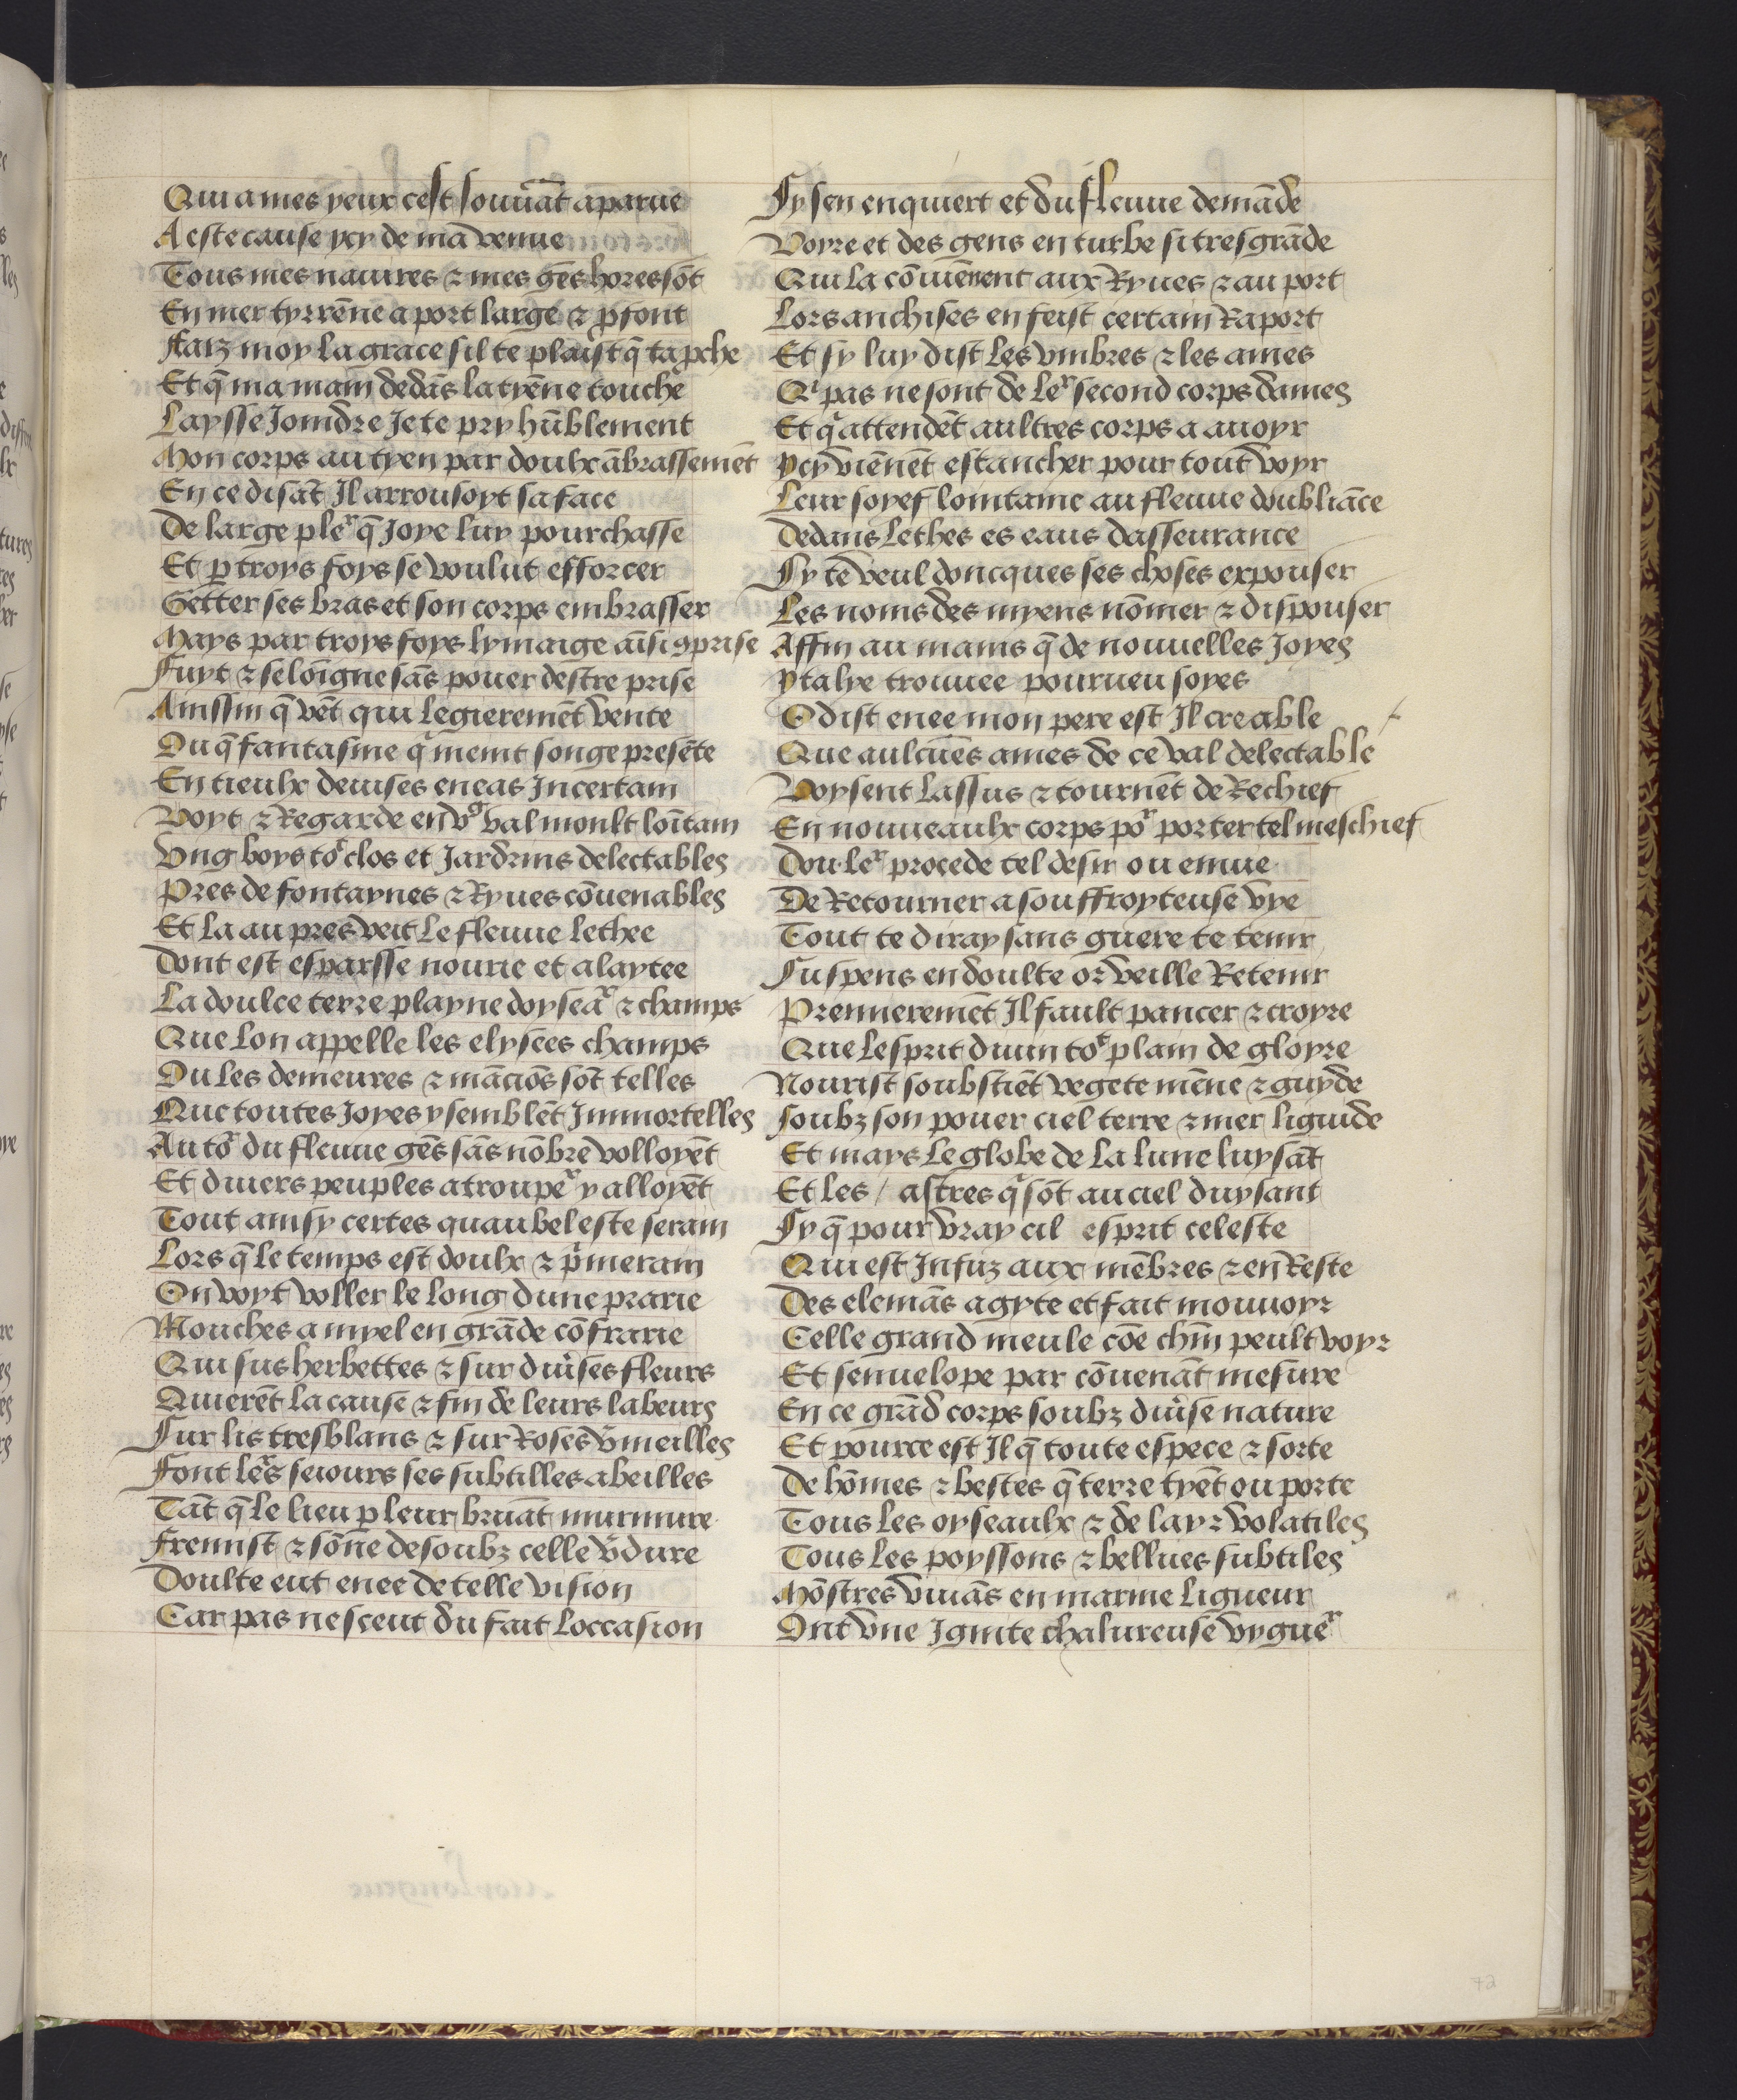
Shelfmark: Philadelphia, University of Pennsylvania, codex 909
Century: 15